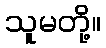
သူမတို့။